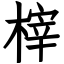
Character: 榟